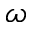
\omega